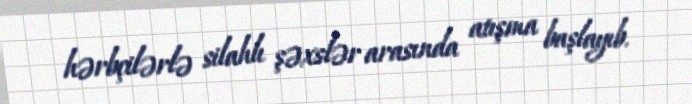
hərbçilərlə silahlı şəxslər arasında atışma başlayıb.